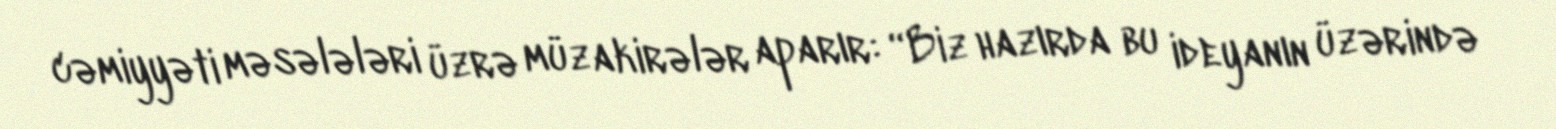
cəmiyyəti məsələləri üzrə müzakirələr aparır: “Biz hazırda bu ideyanın üzərində